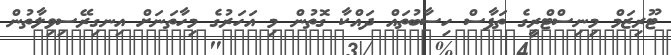
ޓޫރިޒަމް މިނިސްޓްރީގެ ތަފާސް ހިސާބުތައް ދައްކާ ގޮތުން މި އަހަރުގެ މިހާތަނަށް އިނގިރޭސިވިލާތުން